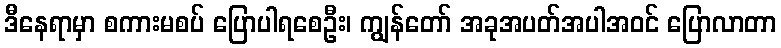
ဒီနေရာမှာ စကားမစပ် ပြောပါရစေဦး၊ ကျွန်တော် အခုအပတ်အပါအဝင် ပြောလာတာ